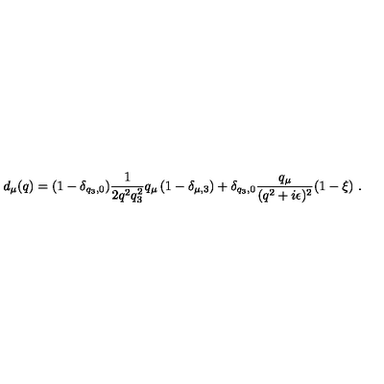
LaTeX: d _ { \mu } ( q ) = ( 1 - \delta _ { q _ { 3 } , 0 } ) \frac { 1 } { 2 q ^ { 2 } q _ { 3 } ^ { 2 } } q _ { \mu } \left( 1 - \delta _ { \mu , 3 } \right) + \delta _ { q _ { 3 } , 0 } \frac { q _ { \mu } } { ( q ^ { 2 } + i \epsilon ) ^ { 2 } } ( 1 - \xi ) \ .